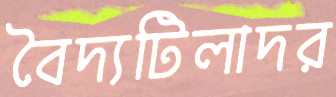
বৈদ্যটিলাদর